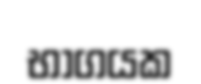
භාගයක